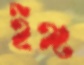
ইঙ্গ